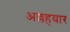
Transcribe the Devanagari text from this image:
अल्लहयार